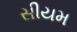
સીયમ